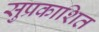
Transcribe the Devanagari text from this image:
सुप्रकाशित